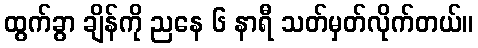
ထွက်ခွာ ချိန်ကို ညနေ ၆ နာရီ သတ်မှတ်လိုက်တယ်။